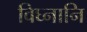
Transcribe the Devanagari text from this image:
विघ्नानि